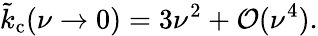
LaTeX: \tilde{k}_{\mathrm{c}}(\nu\rightarrow 0)=3\nu^{2}+\mathcal{O}(\nu^{4}).